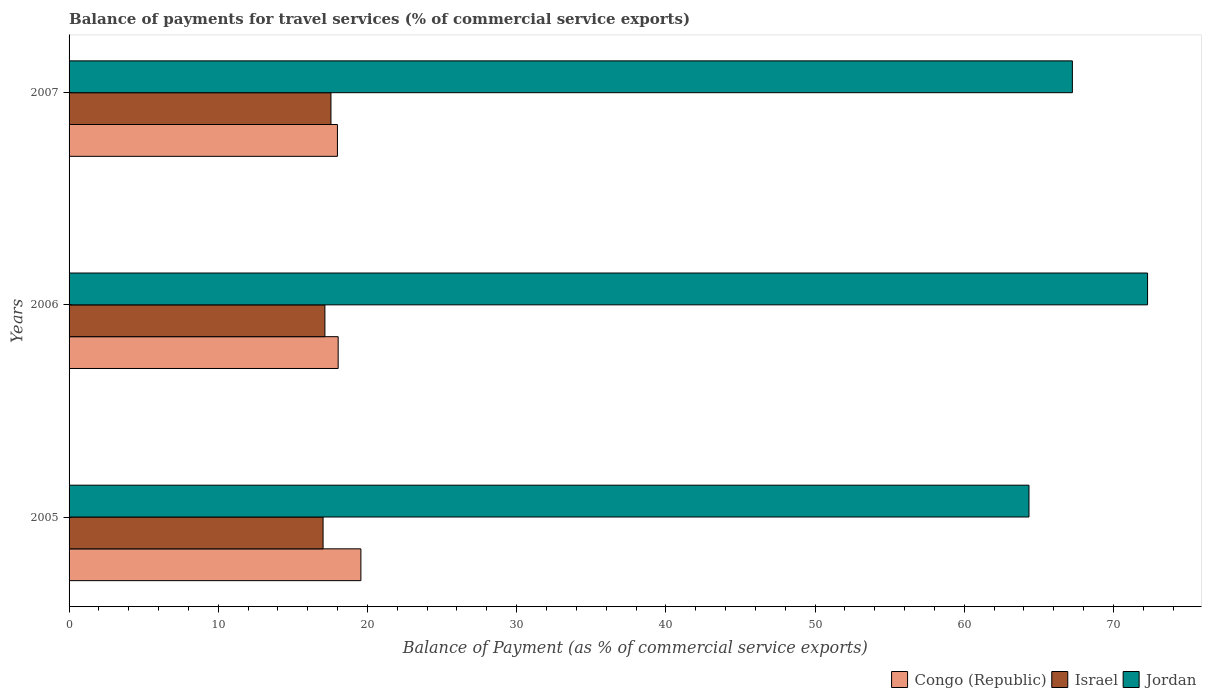
| Years | Congo (Republic) | Israel | Jordan |
 | --- | --- | --- | --- |
 | 2005 | 19.6 | 17 | 64.3 |
 | 2006 | 18 | 17.1 | 72.3 |
 | 2007 | 18 | 17.6 | 67.2 |